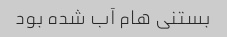
بستنی هام آب شده بود